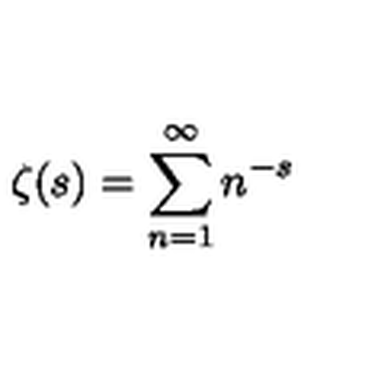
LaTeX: \zeta ( s ) = \sum _ { n = 1 } ^ { \infty } n ^ { - s }